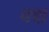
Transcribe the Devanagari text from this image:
क्क्ष